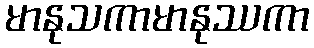
မာနုသကာမာနုဿကာ